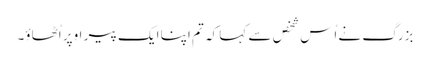
بزرگ نے اُس شخص سے کہا کہ تم اپنا ایک پیر اوپر اُٹھاؤ۔